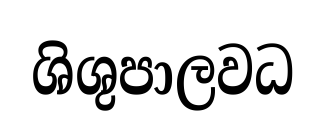
ශිශුපාලවධ